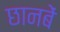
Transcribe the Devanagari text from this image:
छानबें